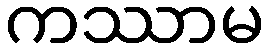
ကဿာမ